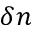
\delta n